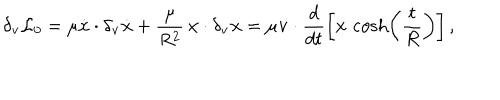
\delta _ { \bf v } { \cal L } _ { 0 } = \mu \dot { \bf x } \cdot \delta _ { \bf v } \dot { \bf x } + \frac { \mu } { R ^ { 2 } } \, { \bf x } \cdot \delta _ { \bf v } { \bf x } = \mu { \bf v } \cdot \frac { d } { d t } \left[ { \bf x } \, \cosh \left( \frac { t } { R } \right) \right] ,